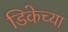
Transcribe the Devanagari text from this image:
डिकेच्या